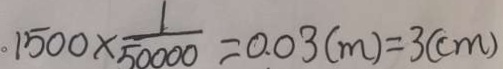
1 5 0 0 \times \frac { 1 } { 5 0 0 0 0 } = 0 . 0 3 ( m ) = 3 ( c m )